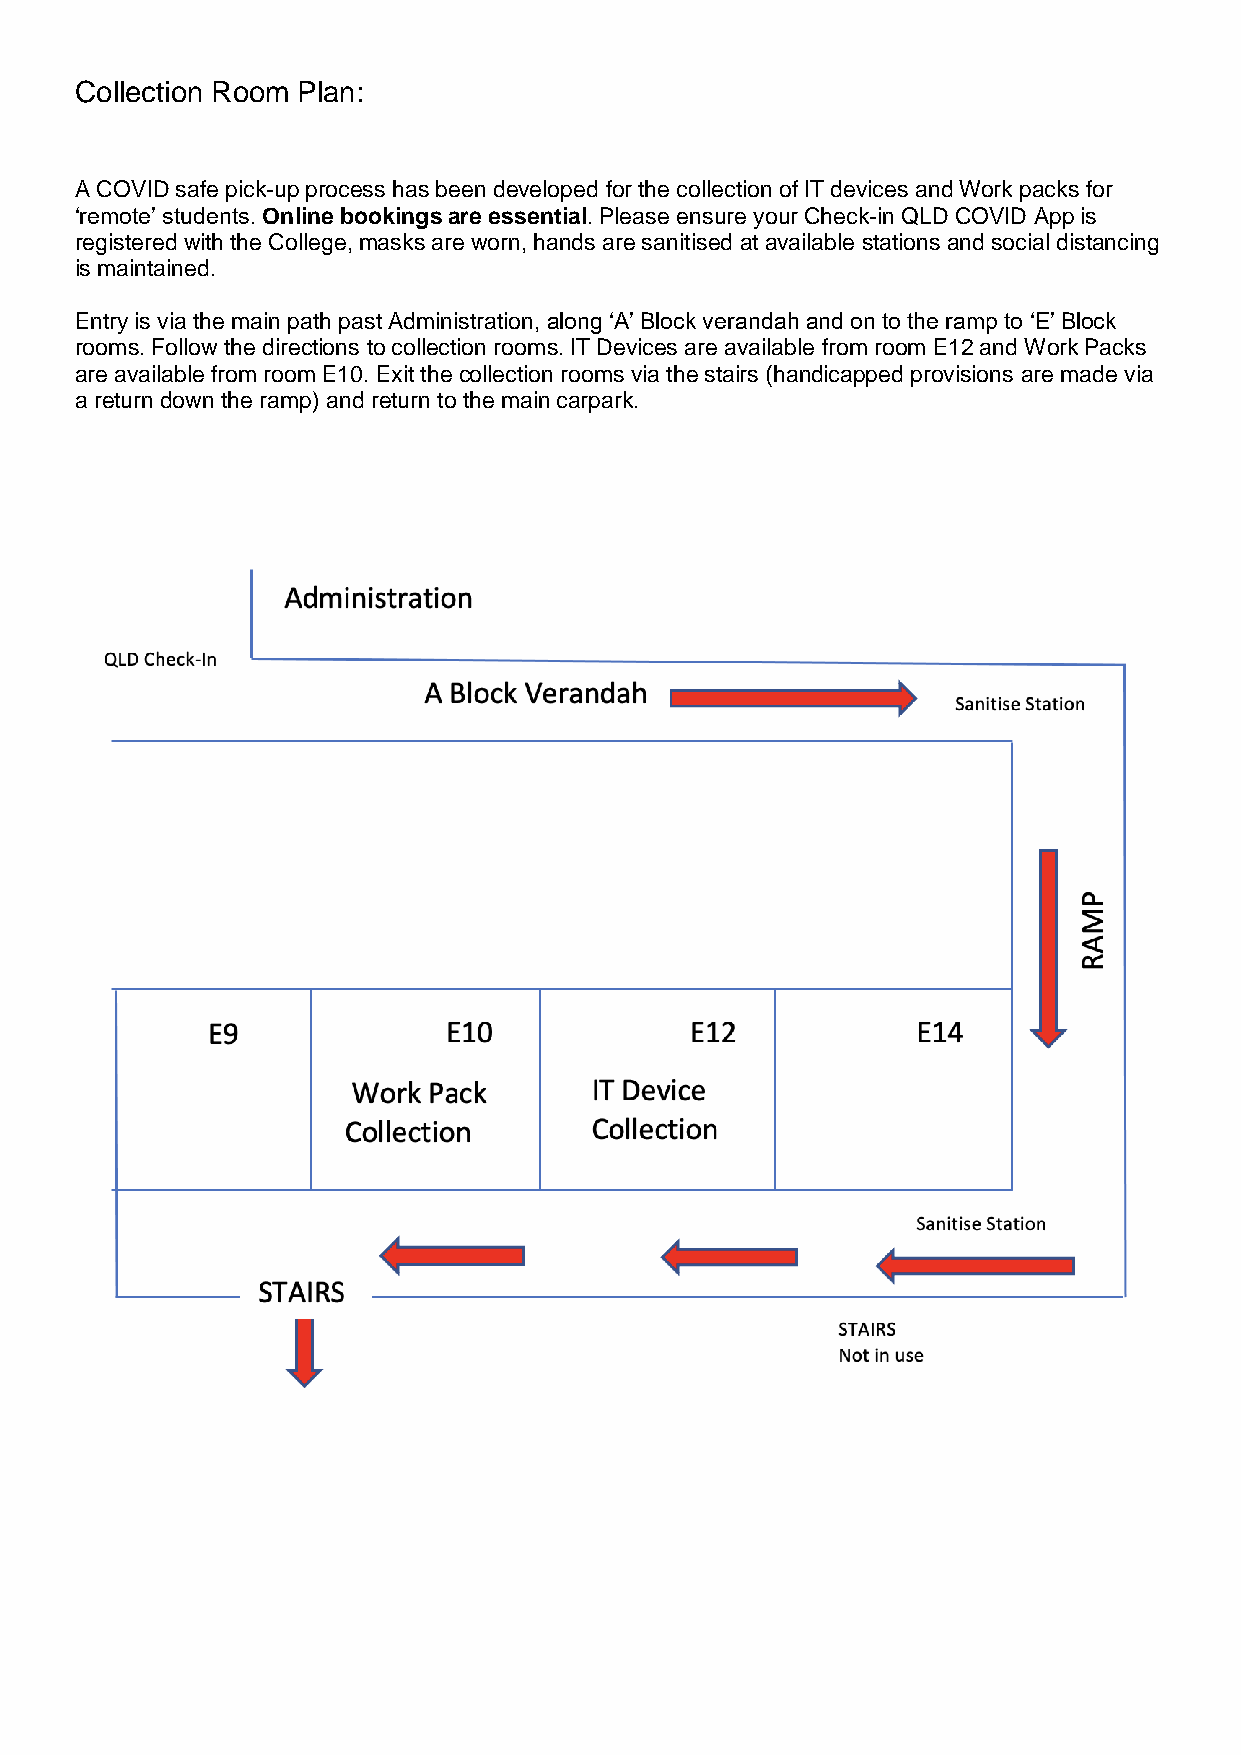
Collection Room Plan:
 A COVID safe pick-up process has been developed for the collection of IT devices and Work packs for
 ‘remote’ students. Online bookings are essential. Please ensure your Check-in QLD COVID App is
 registered with the College, masks are worn, hands are sanitised at available stations and social distancing
 is maintained.
 Entry is via the main path past Administration, along ‘A’ Block verandah and on to the ramp to ‘E’ Block
 rooms. Follow the directions to collection rooms. IT Devices are available from room E12 and Work Packs
 are available from room E10. Exit the collection rooms via the stairs (handicapped provisions are made via
 a return down the ramp) and return to the main carpark.